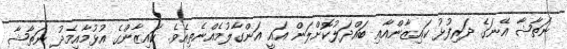
ނަތާޝާ އޭނަގެ ދަރިފުޅު ކައިޒާންއާއި ބައްދަލުކޮށްލަން އައީ އަންގާލުމެއްނެތިއެވެ. ކައިޒާންގެ އުޅުމާއިމެދު ނަތާޝާ